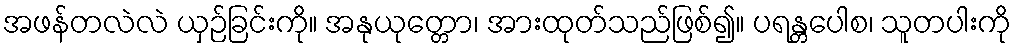
အဖန်တလဲလဲ ယှဉ်ခြင်းကို။ အနုယုတ္တော၊ အားထုတ်သည်ဖြစ်၍။ ပရန္တပေါစ၊ သူတပါးကို